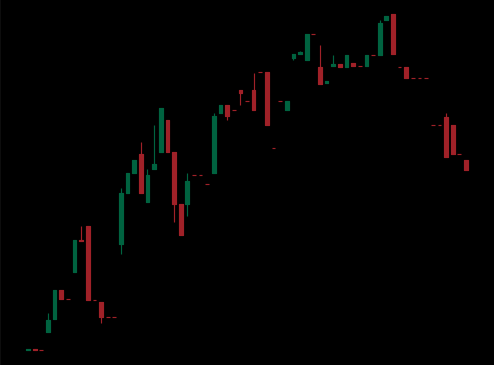
Pattern: bear_flag